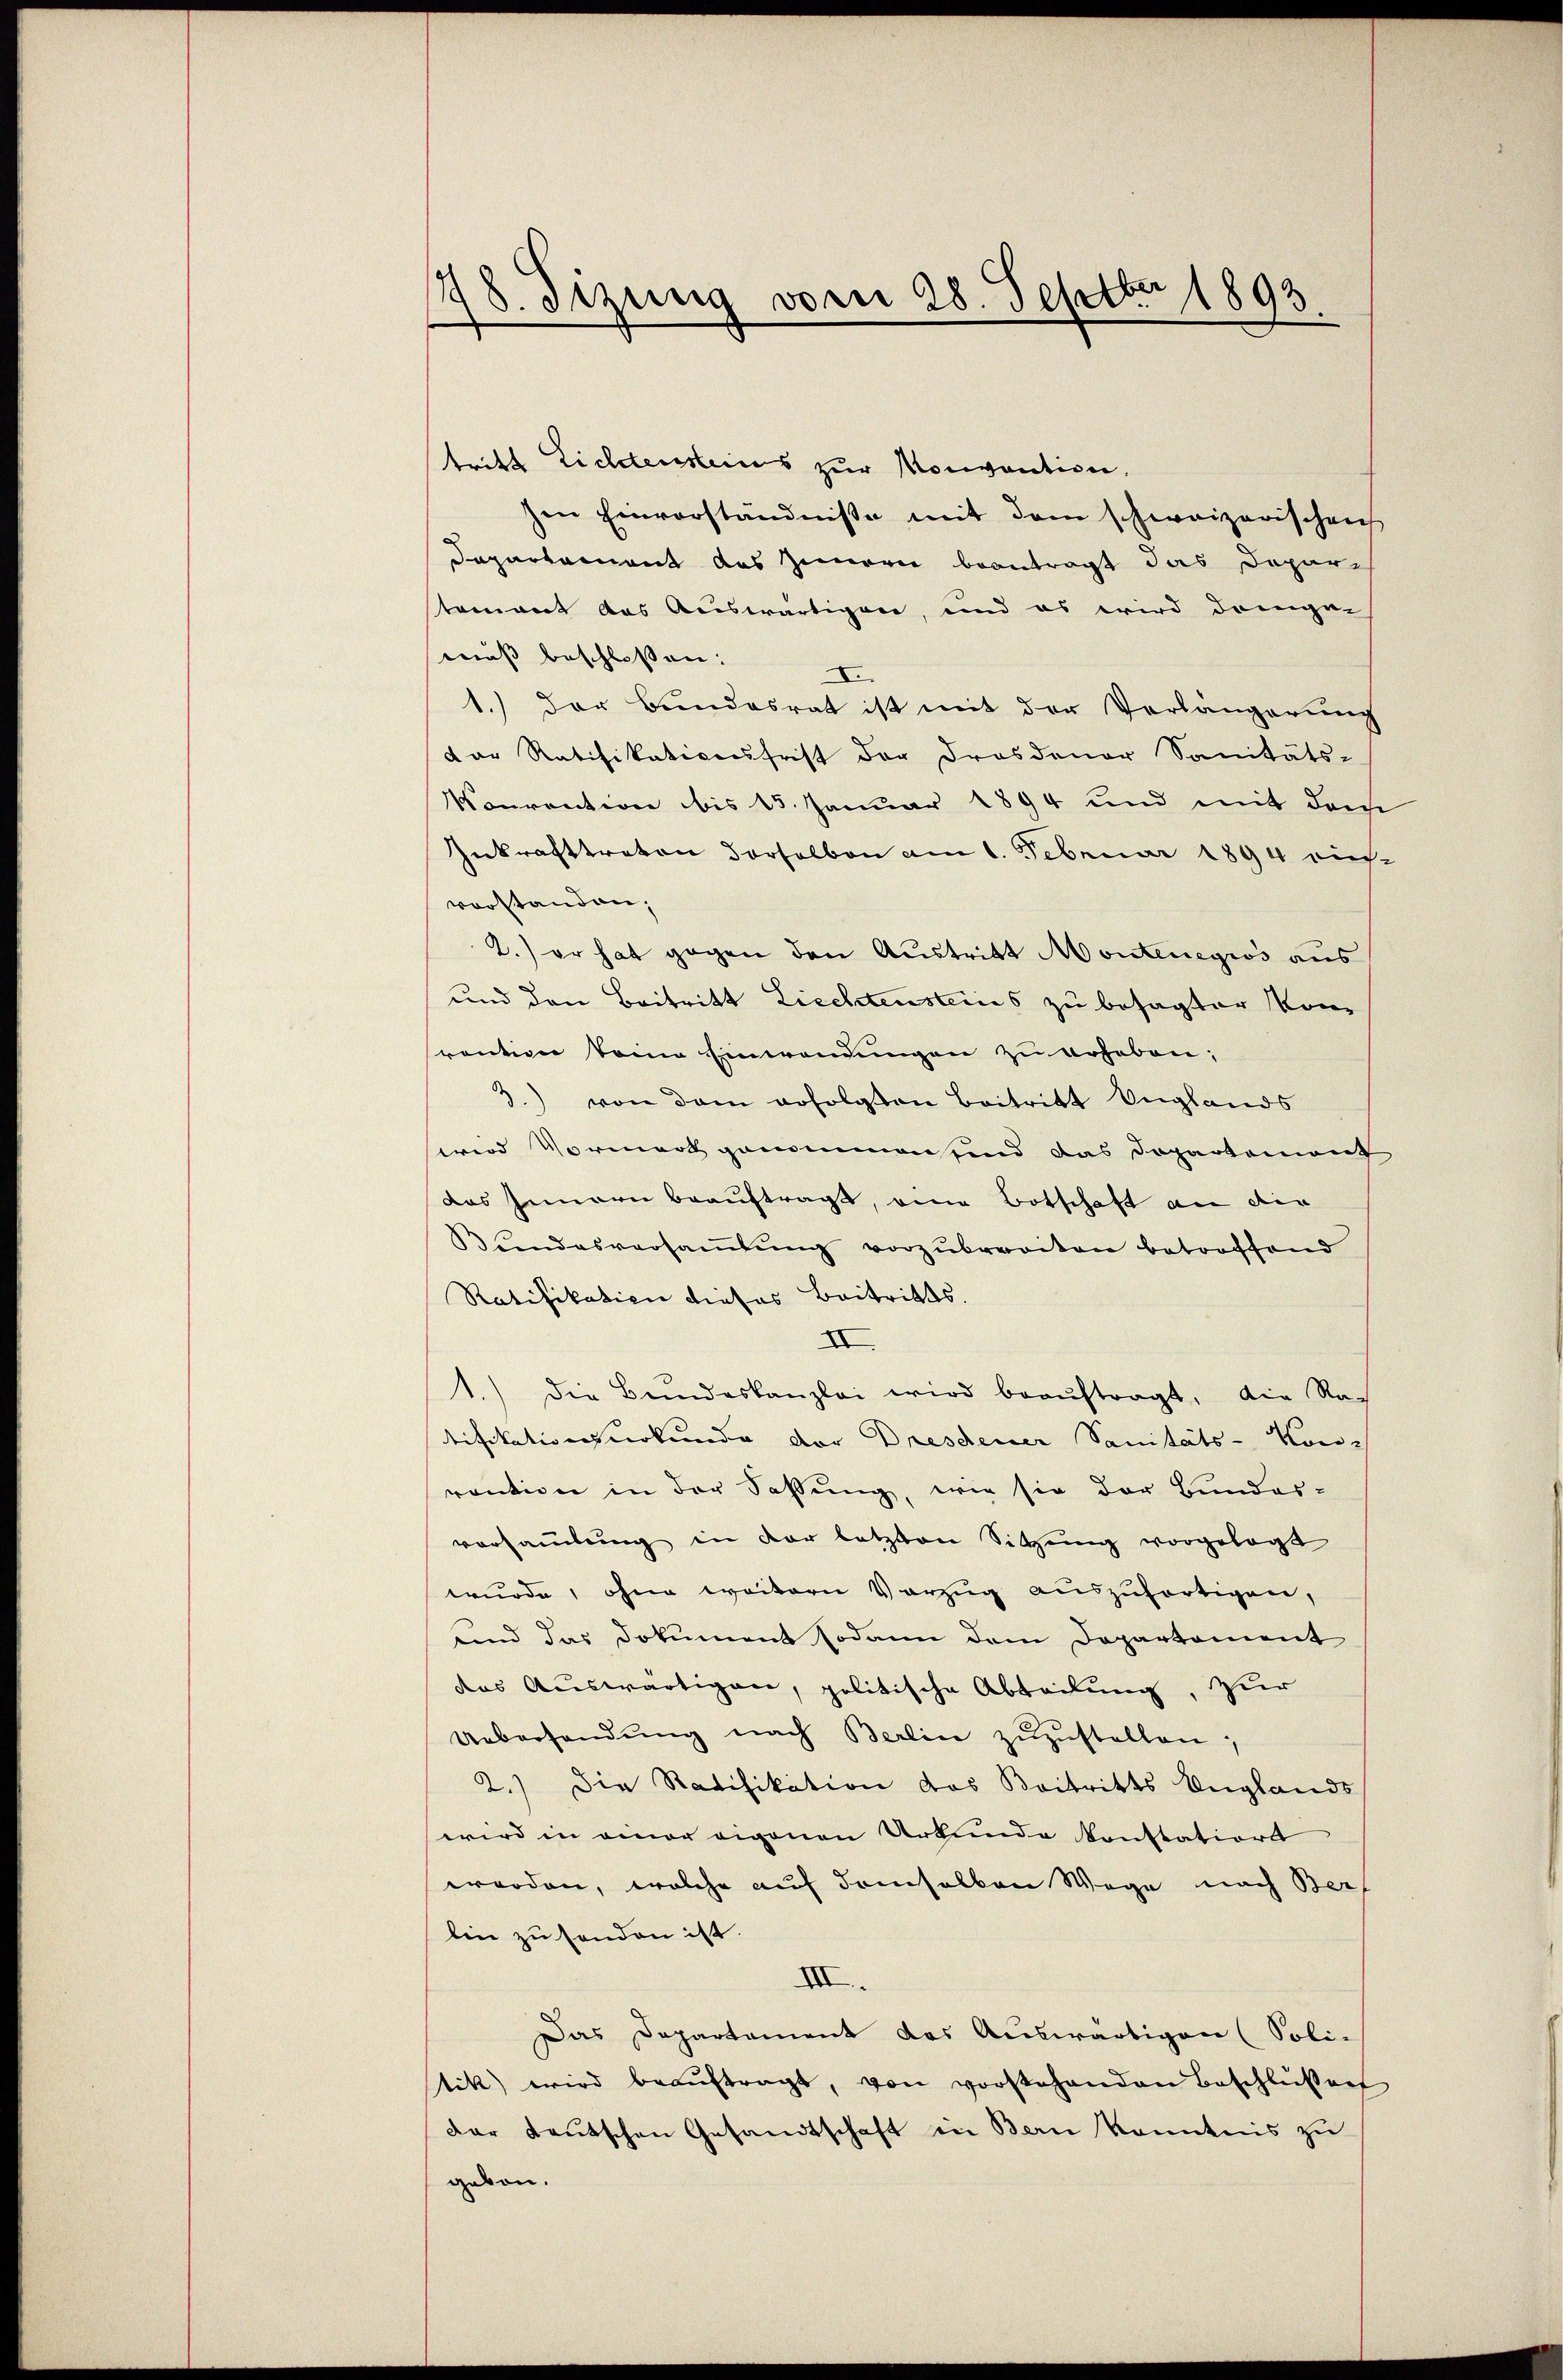
178. Sizung vom 28. Septbr 1893.

tritt Lichtensteines zur Konvention.
sen Einverständnisse mit dem schweizerischens
Departement des Zimmern beantragt das Dopartament das Auswärtigen, und es wird dangen
muß beschlossen:
1.) Der Bundesrat ist mit der Verlängerung
dor Ratifikationsfrist der Dresdener Sanitäts-
Konvention bis 15. Januar 1894 und mit dem
Inkrafttreten Vorselben am 1. Februar 1894 aus-
vorstanden,
2.) er hat gegen den Austritt Montenegiös aus
und den Beitritt Liechtensteins zu besagter Kom
rention seine Einwendungen zu erheben;
2.) von dem erfolgten Beitritt Unglands
wird Vormerk genommen sind das Dopartement
das Innern beauftragt, eine Botschaft an die
Bundesversaṁlŭng vorzubreviten betroffend
Ratifikation dieses Beitritts.
II
1.) die Bundeskanzlei wird beaŭftragt, die Natifikationsurkunde der Dresdener Sanitäts-Komvention in der Fassung, wie sie der Bundes-
versaṁlŭng in der letzten Sitzŭng vorgelegt
wurde, ohne weitern Vorzug auszufertigen,
und das Dokument sodann dem Departement
das Aŭswärtigen, politische Abteilŭng, zur
Uebersandŭng nach Berlin zŭzŭstellen;
2.) Die Ratifikation das Beitritts Englands
wird in einer eigenen Urkunde konstations
worden, welche auf demselben Wege nach Ber
lin zu sonden ist
XII.
Das Departament das Auswärtigen (Soli-
stik wird beaŭftragt, von vorstehenden Beschlüßen
dar teutschen Gesandtschaft in Bern Kenntnis zu
gebon.